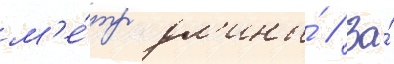
м'е́тр дл'ины́ // За́